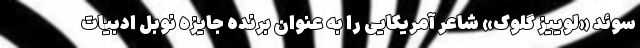
سوئد «لوییز گلوک» شاعر آمریکایی را به عنوان برنده جایزه نوبل ادبیات